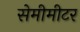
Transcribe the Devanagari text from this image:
सेमीमीटर